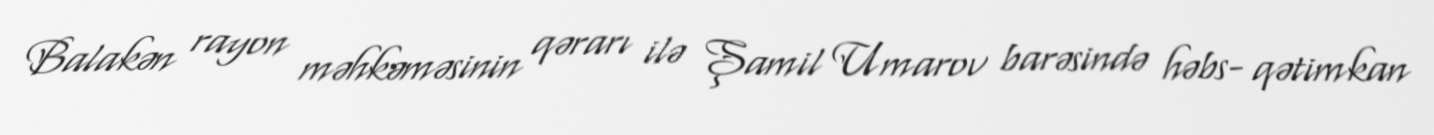
Balakən rayon məhkəməsinin qərarı ilə Şamil Umarov barəsində həbs- qətimkan